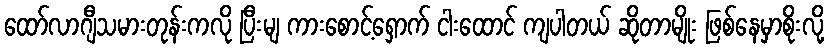
ထော်လာဂျီသမားတုန်းကလို ပြီးမျ ကားစောင့်ရှောက် ငါးထောင် ကျပါတယ် ဆိုတာမျိုး ဖြစ်နေမှာစိုးလို့